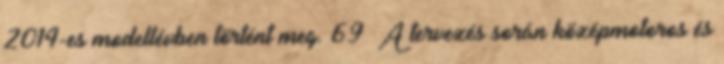
2014-es modellévben történt meg. 69 A tervezés során középmotoros és